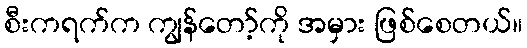
စီးကရက်က ကျွန်တော့်ကို အမှား ဖြစ်စေတယ်။